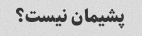
پشیمان نیست؟